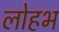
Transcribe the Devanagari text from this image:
लोहभ